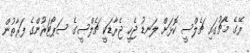
ރޭގެ މެޗުގައި ޗެލްސީ ކޮޅަށް ލަނޑު ޖެހީ ޖެރާޑަކީ ޗެލްސީގެ ސަޕޯޓަރުންގެ ފަރާތުން